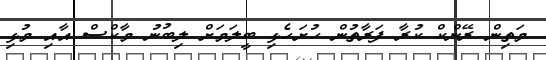
މަތިން ރޭންކް ކުރާ ފަރާތުން ހުށަހެޅި ބީލަމަށް ލިބުނު މާކްސް އާއި މުޅި